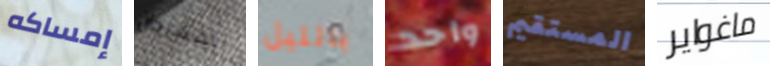
إمساكه المهرجان بالليل واحد المستقيم ماغواير